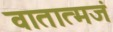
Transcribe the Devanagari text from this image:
वातात्मजं